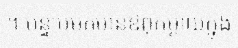
។ បន្ទាប់មកមានឱពុកម្តាយក្នុង